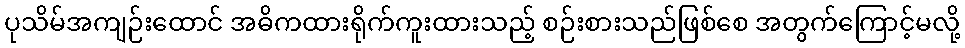
ပုသိမ်အကျဉ်းထောင် အဓိကထားရိုက်ကူးထားသည့် စဉ်းစားသည်ဖြစ်စေ အတွက်ကြောင့်မလို့